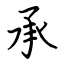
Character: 承